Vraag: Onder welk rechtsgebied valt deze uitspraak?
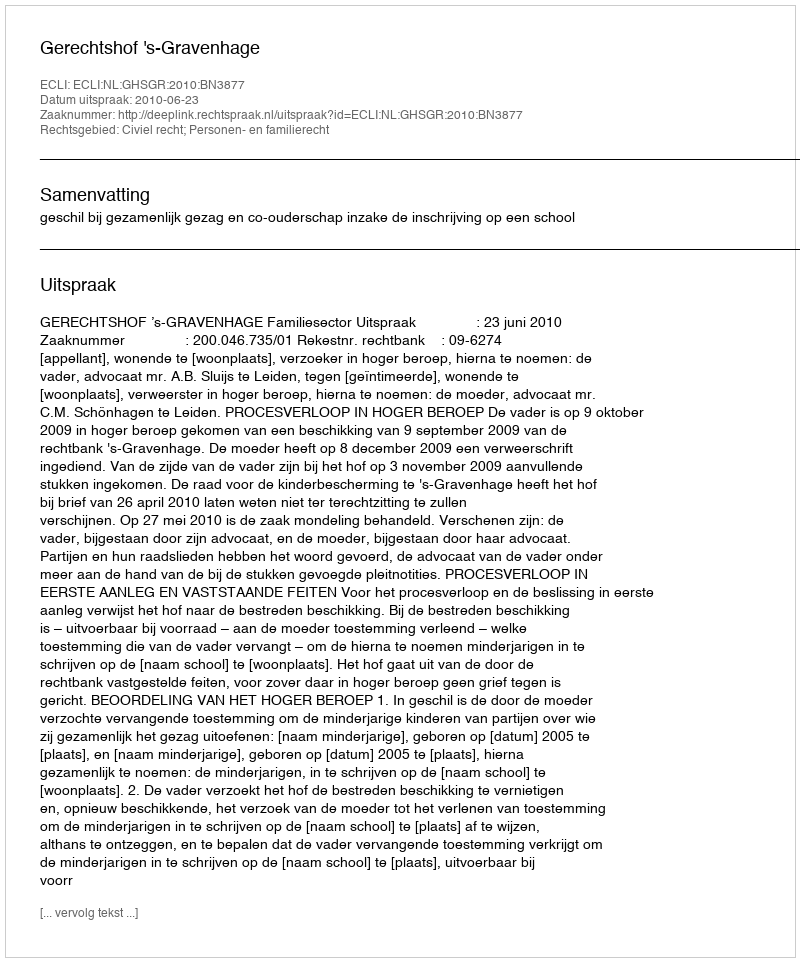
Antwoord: Civiel recht; Personen- en familierecht